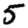
Digit: 5